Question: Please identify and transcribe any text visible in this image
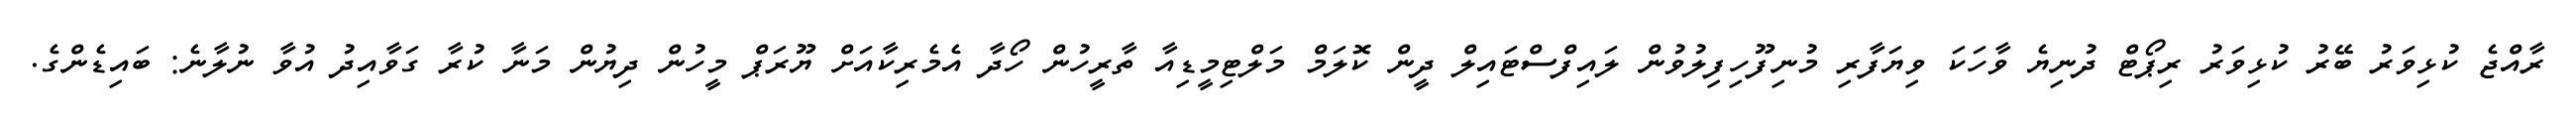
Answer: ރާއްޖެ ކުޅިވަރު ބޭރު ކުޅިވަރު ރިޕޯޓް ދުނިޔެ ވާހަކަ ވިޔަފާރި މުނިފޫހިފިލުވުން ލައިފްސްޓައިލް ދީން ކޮލަމް މަލްޓިމީޑިއާ ތާރީހުން ހޯދާ އެމެރިކާއަށް ޔޫރަޕް މީހުން ދިޔުން މަނާ ކުރާ ގަވާއިދު އުވާ ނުލާނެ: ބައިޑެންގެ.